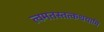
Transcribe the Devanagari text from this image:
त्वमतस्तत्कथयामि